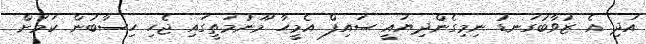
އަދި އެ ޒުވާބުގަނޑު ނިމިގެންދިޔައީ ސައިފް އެމީހާ މޫނުމަތީގައި ޖެހި ހިސާބުން ކަމަށް